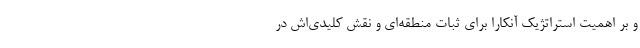
و بر اهمیت استراتژیک آنکارا برای ثبات منطقه‌ای و نقش کلیدی‌اش در